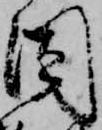
因